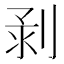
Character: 𠝌